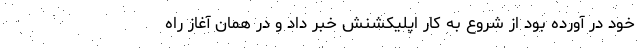
خود در آورده بود از شروع به کار اپلیکشنش خبر داد و در همان آغاز راه